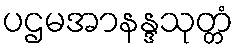
ပဌမအာနန္ဒသုတ္တံ